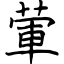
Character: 葷